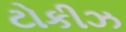
ટોકીઝ